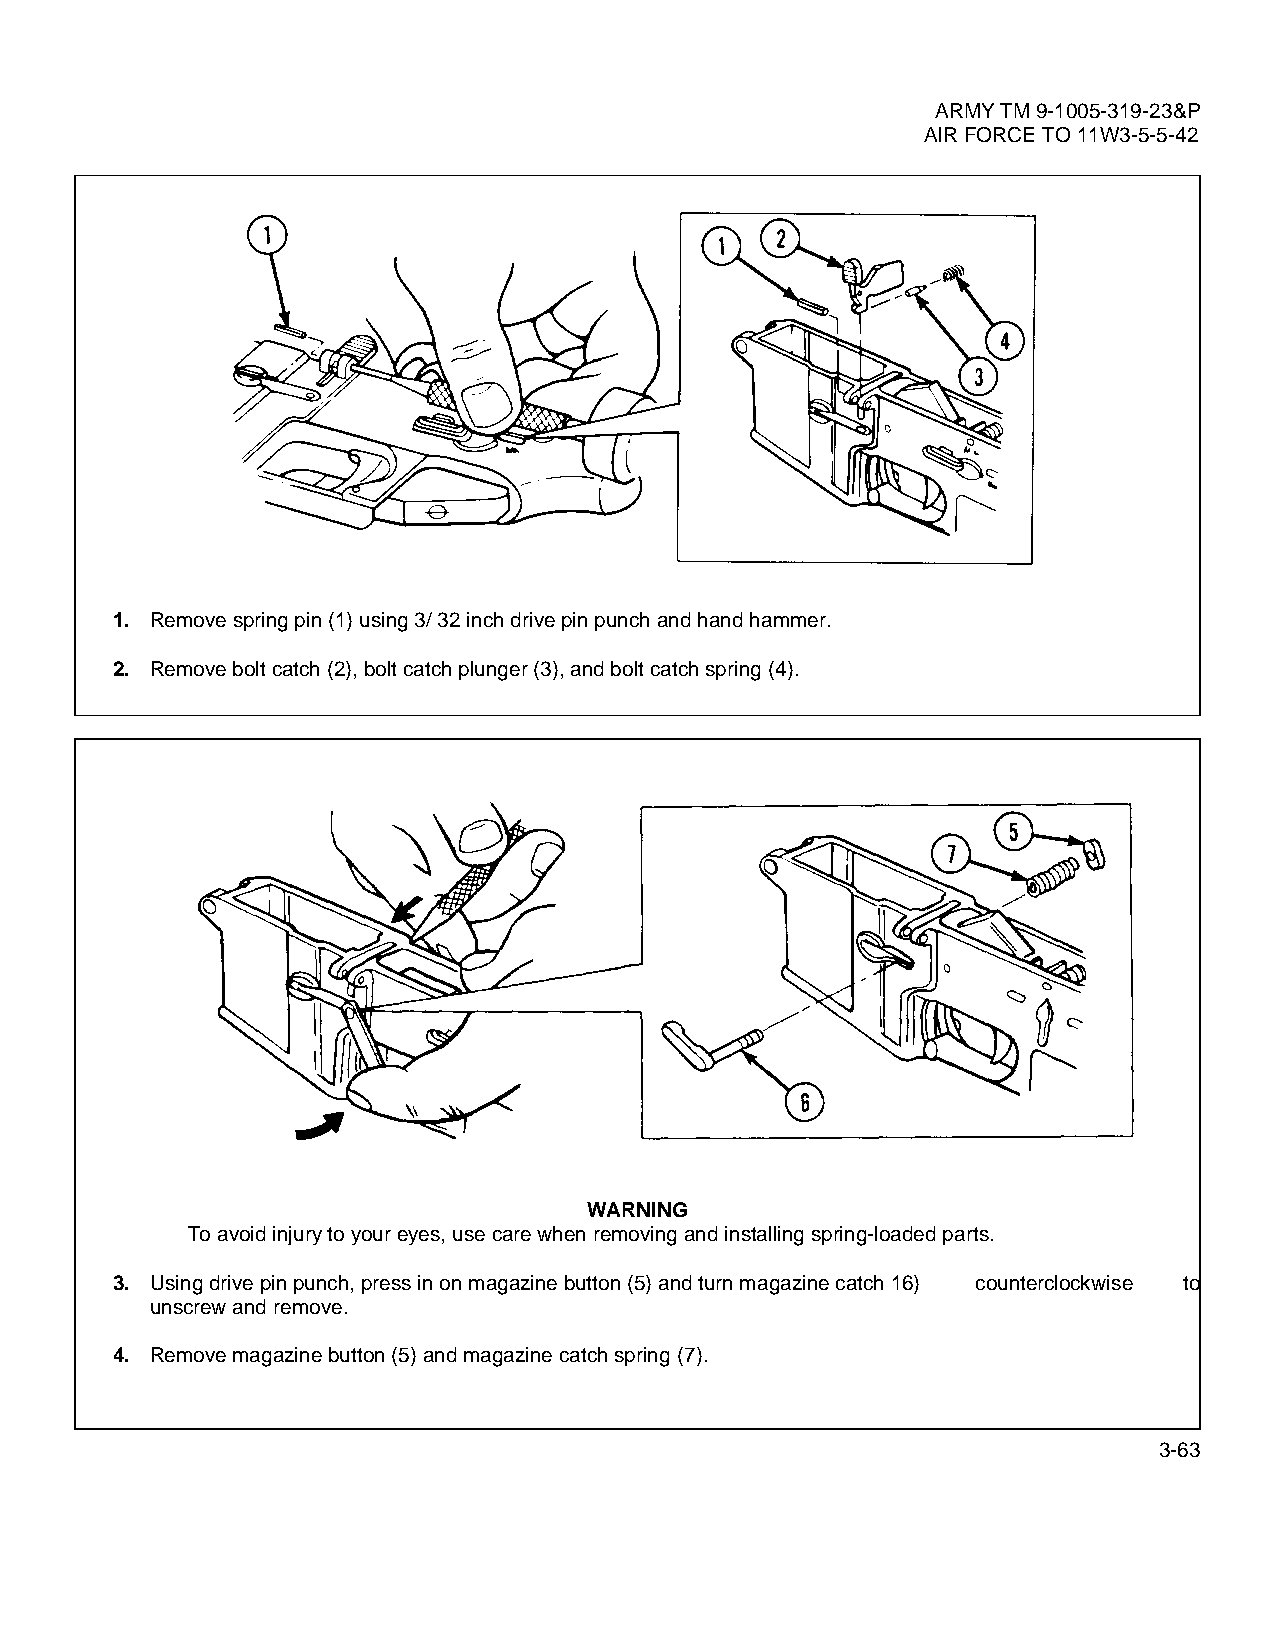
ARMY TM 9-1005-319-23&P
 AIR FORCE TO 11W3-5-5-42
 1. Remove spring pin (1) using 3/ 32 inch drive pin punch and hand hammer.
 2. Remove bolt catch (2), bolt catch plunger (3), and bolt catch spring (4).
 WARNING
 To avoid injury to your eyes, use care when removing and installing spring-loaded parts.
 3. Using drive pin punch, press in on magazine button (5) and turn magazine catch 16) counterclockwise to
 unscrew and remove.
 4. Remove magazine button (5) and magazine catch spring (7).
 3-63